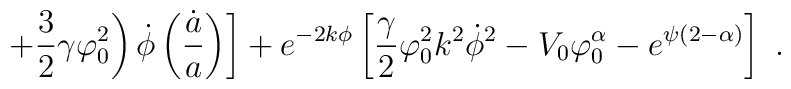
\ \ \left. \left. + \frac{3}{2} \gamma \varphi_0^2 \right )\dot{\phi} \left ( \frac{\dot{a}}{a} \right ) \right ] + e^{ -2 k \phi}\left [ \frac{\gamma}{2} \varphi_0^2 k^2 \dot{\phi}^2 - V_0 \varphi_0^{\alpha}- e^{\psi (2 - \alpha)} \right ] \ .